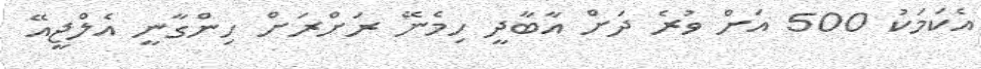
އެކަމަކު 500 އަށް ވުރެ ދަށް އާބާދީ ހިމެނޭ ރަށްރަށް ހިންގާނީ އެލްޖީއޭ